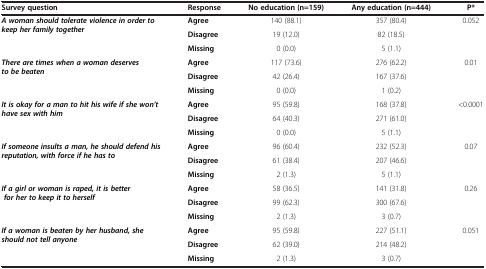
| Survey question | Response | No education (n=159) | Any education (n=444) | P* |
 | --- | --- | --- | --- | --- |
 | A woman should tolerate violence in order to keep her family together | Agree | 140 (88.1) | 357 (80.4) | 0.052 |
 |  | Disagree | 19 (12.0) | 82 (18.5) |  |
 |  | Missing | 0 (0.0) | 5 (1.1) |  |
 | There are times when a woman deserves to be beaten | Agree | 117 (73.6) | 276 (62.2) | 0.01 |
 |  | Disagree | 42 (26.4) | 167 (37.6) |  |
 |  | Missing | 0 (0.0) | 1 (0.2) |  |
 | It is okay for a man to hit his wife if she won’t have sex with him | Agree | 95 (59.8) | 168 (37.8) | <0.0001 |
 |  | Disagree | 64 (40.3) | 271 (61.0) |  |
 |  | Missing | 0 (0.0) | 5 (1.1) |  |
 | If someone insults a man, he should defend his reputation, with force if he has to | Agree | 96 (60.4) | 232 (52.3) | 0.07 |
 |  | Disagree | 61 (38.4) | 207 (46.6) |  |
 |  | Missing | 2 (1.3) | 5 (1.1) |  |
 | If a girl or woman is raped, it is better for her to keep it to herself | Agree | 58 (36.5) | 141 (31.8) | 0.26 |
 |  | Disagree | 99 (62.3) | 300 (67.6) |  |
 |  | Missing | 2 (1.3) | 3 (0.7) |  |
 | If a woman is beaten by her husband, she should not tell anyone | Agree | 95 (59.8) | 227 (51.1) | 0.051 |
 |  | Disagree | 62 (39.0) | 214 (48.2) |  |
 |  | Missing | 2 (1.3) | 3 (0.7) |  |